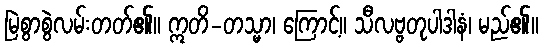
မြဲစွာစွဲလမ်းတတ်၏။ ဣတိ-တသ္မာ၊ ကြောင့်။ သီလဗ္ဗတုပါဒါနံ၊ မည်၏။